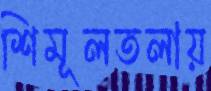
শিমূলতলায়